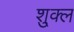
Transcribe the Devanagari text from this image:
शु्क्ल